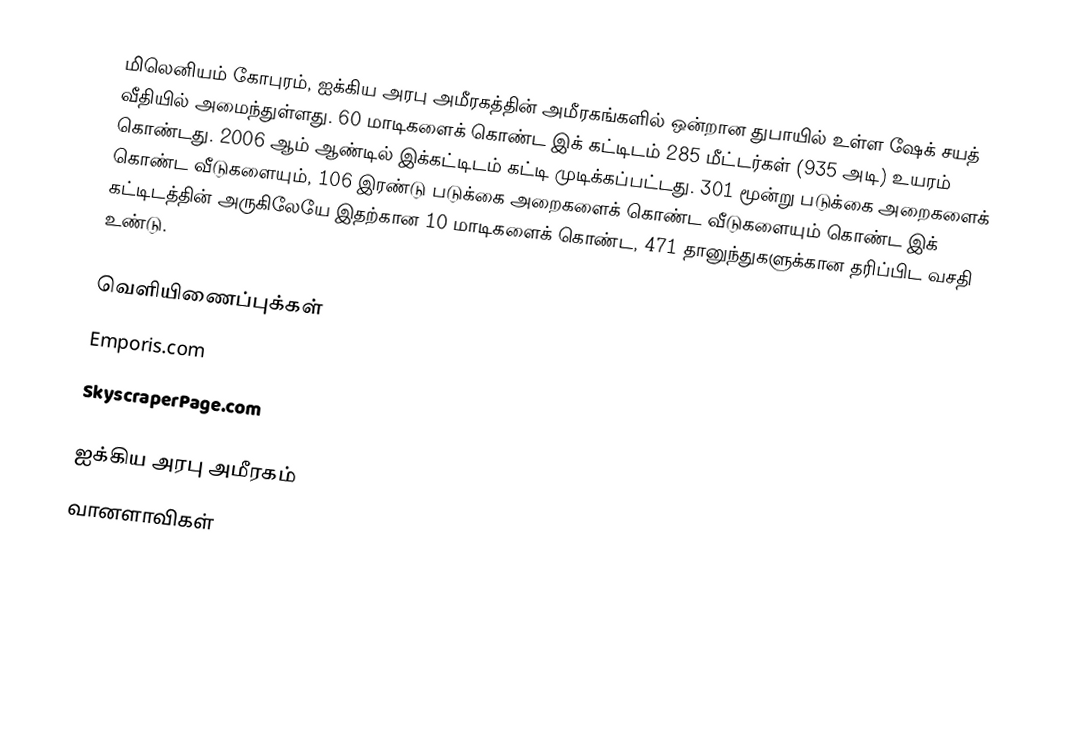
மிலெனியம் கோபுரம், ஐக்கிய அரபு அமீரகத்தின் அமீரகங்களில் ஒன்றான துபாயில் உள்ள ஷேக் சயத் வீதியில் அமைந்துள்ளது. 60 மாடிகளைக் கொண்ட இக் கட்டிடம் 285 மீட்டர்கள் (935 அடி) உயரம் கொண்டது. 2006 ஆம் ஆண்டில் இக்கட்டிடம் கட்டி முடிக்கப்பட்டது. 301 மூன்று படுக்கை அறைகளைக் கொண்ட வீடுகளையும், 106 இரண்டு படுக்கை அறைகளைக் கொண்ட வீடுகளையும் கொண்ட இக் கட்டிடத்தின் அருகிலேயே இதற்கான 10 மாடிகளைக் கொண்ட, 471 தானுந்துகளுக்கான தரிப்பிட வசதி உண்டு.

வெளியிணைப்புக்கள்
Emporis.com
SkyscraperPage.com

ஐக்கிய அரபு அமீரகம்
வானளாவிகள்